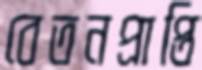
বেতনপ্রাপ্তি